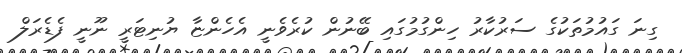
ގިނަ ގައުމުތަކުގެ ސަރުކާރު ހިންގުމުގައި ބޭނުން ކުރެވެނީ އެހެންޏާ ޔުނިޓަރީ ނޫނީ ފެޑެރަލް